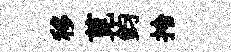
移莧鈞拎